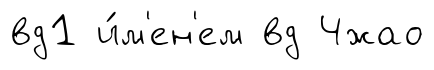
вд1 и́м'ен'ем вд Чжао